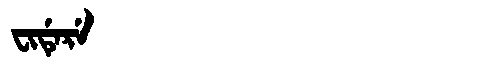
Manchu: ᠸᡳᡩᡝᡵᡝ
Romanization: FIDERE